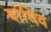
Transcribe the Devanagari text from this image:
बांधिव